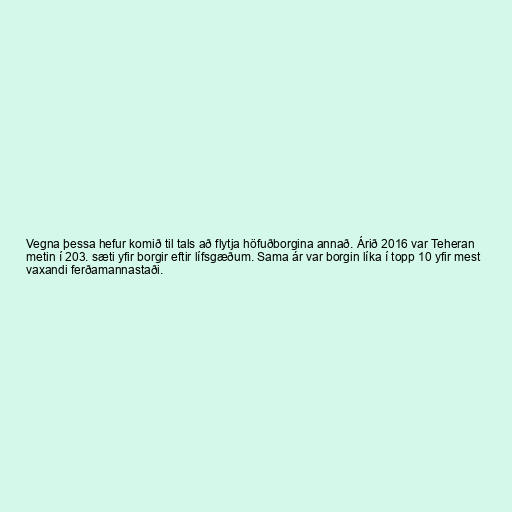
Vegna þessa hefur komið til tals að flytja höfuðborgina annað. Árið 2016 var Teheran
metin í 203. sæti yfir borgir eftir lífsgæðum. Sama ár var borgin líka í topp 10 yfir mest
vaxandi ferðamannastaði.